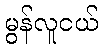
မွန်လူငယ်